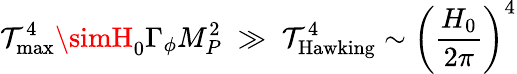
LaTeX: \mathcal{T}_{\mathrm{{max}}}^{4}\simH_{0}\Gamma_{\phi}M_{P}^{2}\; \gg\; \mathcal{T}_{\mathrm{{Hawking}}}^{4}\sim\left(\frac{{H_{0}}}{{2\pi}}\right)^{4}